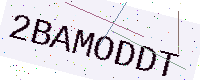
Text: 2BAMODDT